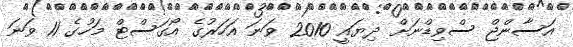
އަސާންޖް ސްވިޑްނަށް ދިޔައީ 2010 ވަނަ އަހަރުގެ އޯގަސްޓް މަހުގެ 11 ވަނަ